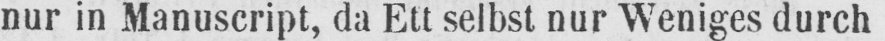
nur in Manuscript, da Ett selbst nur Weniges durch